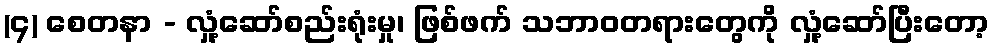
(၄) စေတနာ - လှုံ့ဆော်စည်းရုံးမှု၊ ဖြစ်ဖက် သဘာဝတရားတွေကို လှုံ့ဆော်ပြီးတော့